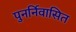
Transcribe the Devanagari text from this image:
पुनर्निवासित